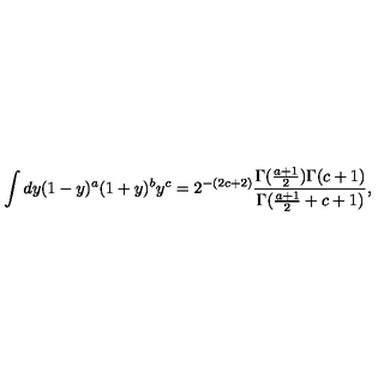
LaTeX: \int d y ( 1 - y ) ^ { a } ( 1 + y ) ^ { b } y ^ { c } = 2 ^ { - ( 2 c + 2 ) } { \frac { \Gamma ( { \frac { a + 1 } { 2 } } ) \Gamma ( c + 1 ) } { \Gamma ( { \frac { a + 1 } { 2 } } + c + 1 ) } } ,